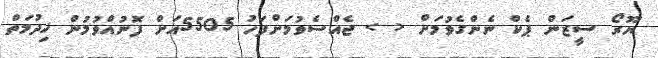
ޔޫރޯ ސީޒަން ޕެކް ނެންގެވުމަށް < > ޖެއްސެވުމަށްފަހު 5505އަށް ފޮނުއްވުމުން ޚިދުމަތް